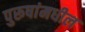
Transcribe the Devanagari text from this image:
पुरूषांमधील